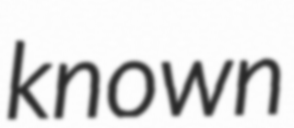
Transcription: known